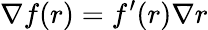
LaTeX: \nabla f(r)=f^{\prime}(r)\nabla r